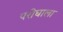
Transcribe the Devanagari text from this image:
परीघाला